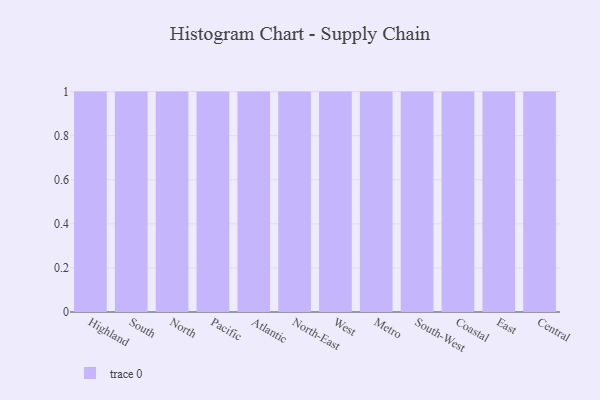
{"axis": {"x": "Region", "y": "Net Income (USD K)"}, "legend": [""], "data": [{"x": "Highland", "y": 30, "type": ""}, {"x": "South", "y": 3, "type": ""}, {"x": "North", "y": 76, "type": ""}, {"x": "Pacific", "y": 1, "type": ""}, {"x": "Atlantic", "y": 16, "type": ""}, {"x": "North-East", "y": 7, "type": ""}, {"x": "West", "y": 33, "type": ""}, {"x": "Metro", "y": 23, "type": ""}, {"x": "South-West", "y": 3, "type": ""}, {"x": "Coastal", "y": 2, "type": ""}, {"x": "East", "y": 28, "type": ""}, {"x": "Central", "y": 96, "type": ""}]}